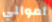
اموالي